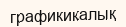
графикикалық